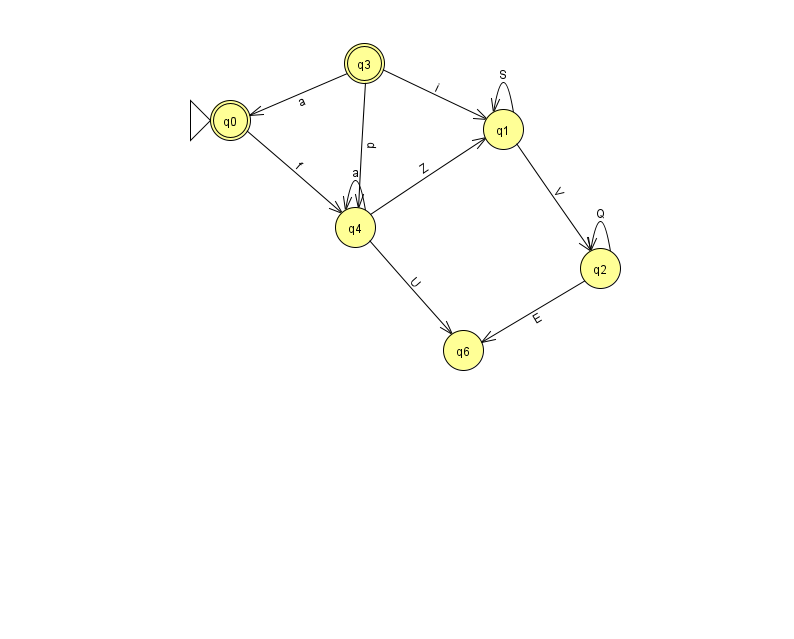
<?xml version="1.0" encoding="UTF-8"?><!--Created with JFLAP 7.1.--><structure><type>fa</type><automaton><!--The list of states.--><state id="0" name="q0"><x>230.0</x><y>107.0</y><initial/><final/></state><state id="1" name="q1"><x>503.0</x><y>116.0</y></state><state id="2" name="q2"><x>600.0</x><y>255.0</y></state><state id="3" name="q3"><x>364.0</x><y>50.0</y><final/></state><state id="4" name="q4"><x>355.0</x><y>214.0</y></state><state id="6" name="q6"><x>463.0</x><y>337.0</y></state><!--The list of transitions.--><transition><from>2</from><to>2</to><read>Q</read></transition><transition><from>4</from><to>4</to><read>a</read></transition><transition><from>1</from><to>1</to><read>S</read></transition><transition><from>3</from><to>4</to><read>p</read></transition><transition><from>4</from><to>6</to><read>U</read></transition><transition><from>0</from><to>4</to><read>f</read></transition><transition><from>2</from><to>6</to><read>E</read></transition><transition><from>3</from><to>1</to><read>i</read></transition><transition><from>3</from><to>0</to><read>a</read></transition><transition><from>1</from><to>2</to><read>V</read></transition><transition><from>4</from><to>1</to><read>Z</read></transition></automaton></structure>